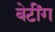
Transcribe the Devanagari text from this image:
बेटींग